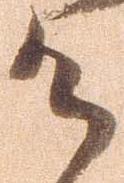
候